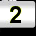
Digit: 2